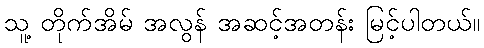
သူ့ တိုက်အိမ် အလွန် အဆင့်အတန်း မြင့်ပါတယ်။